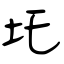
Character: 圫